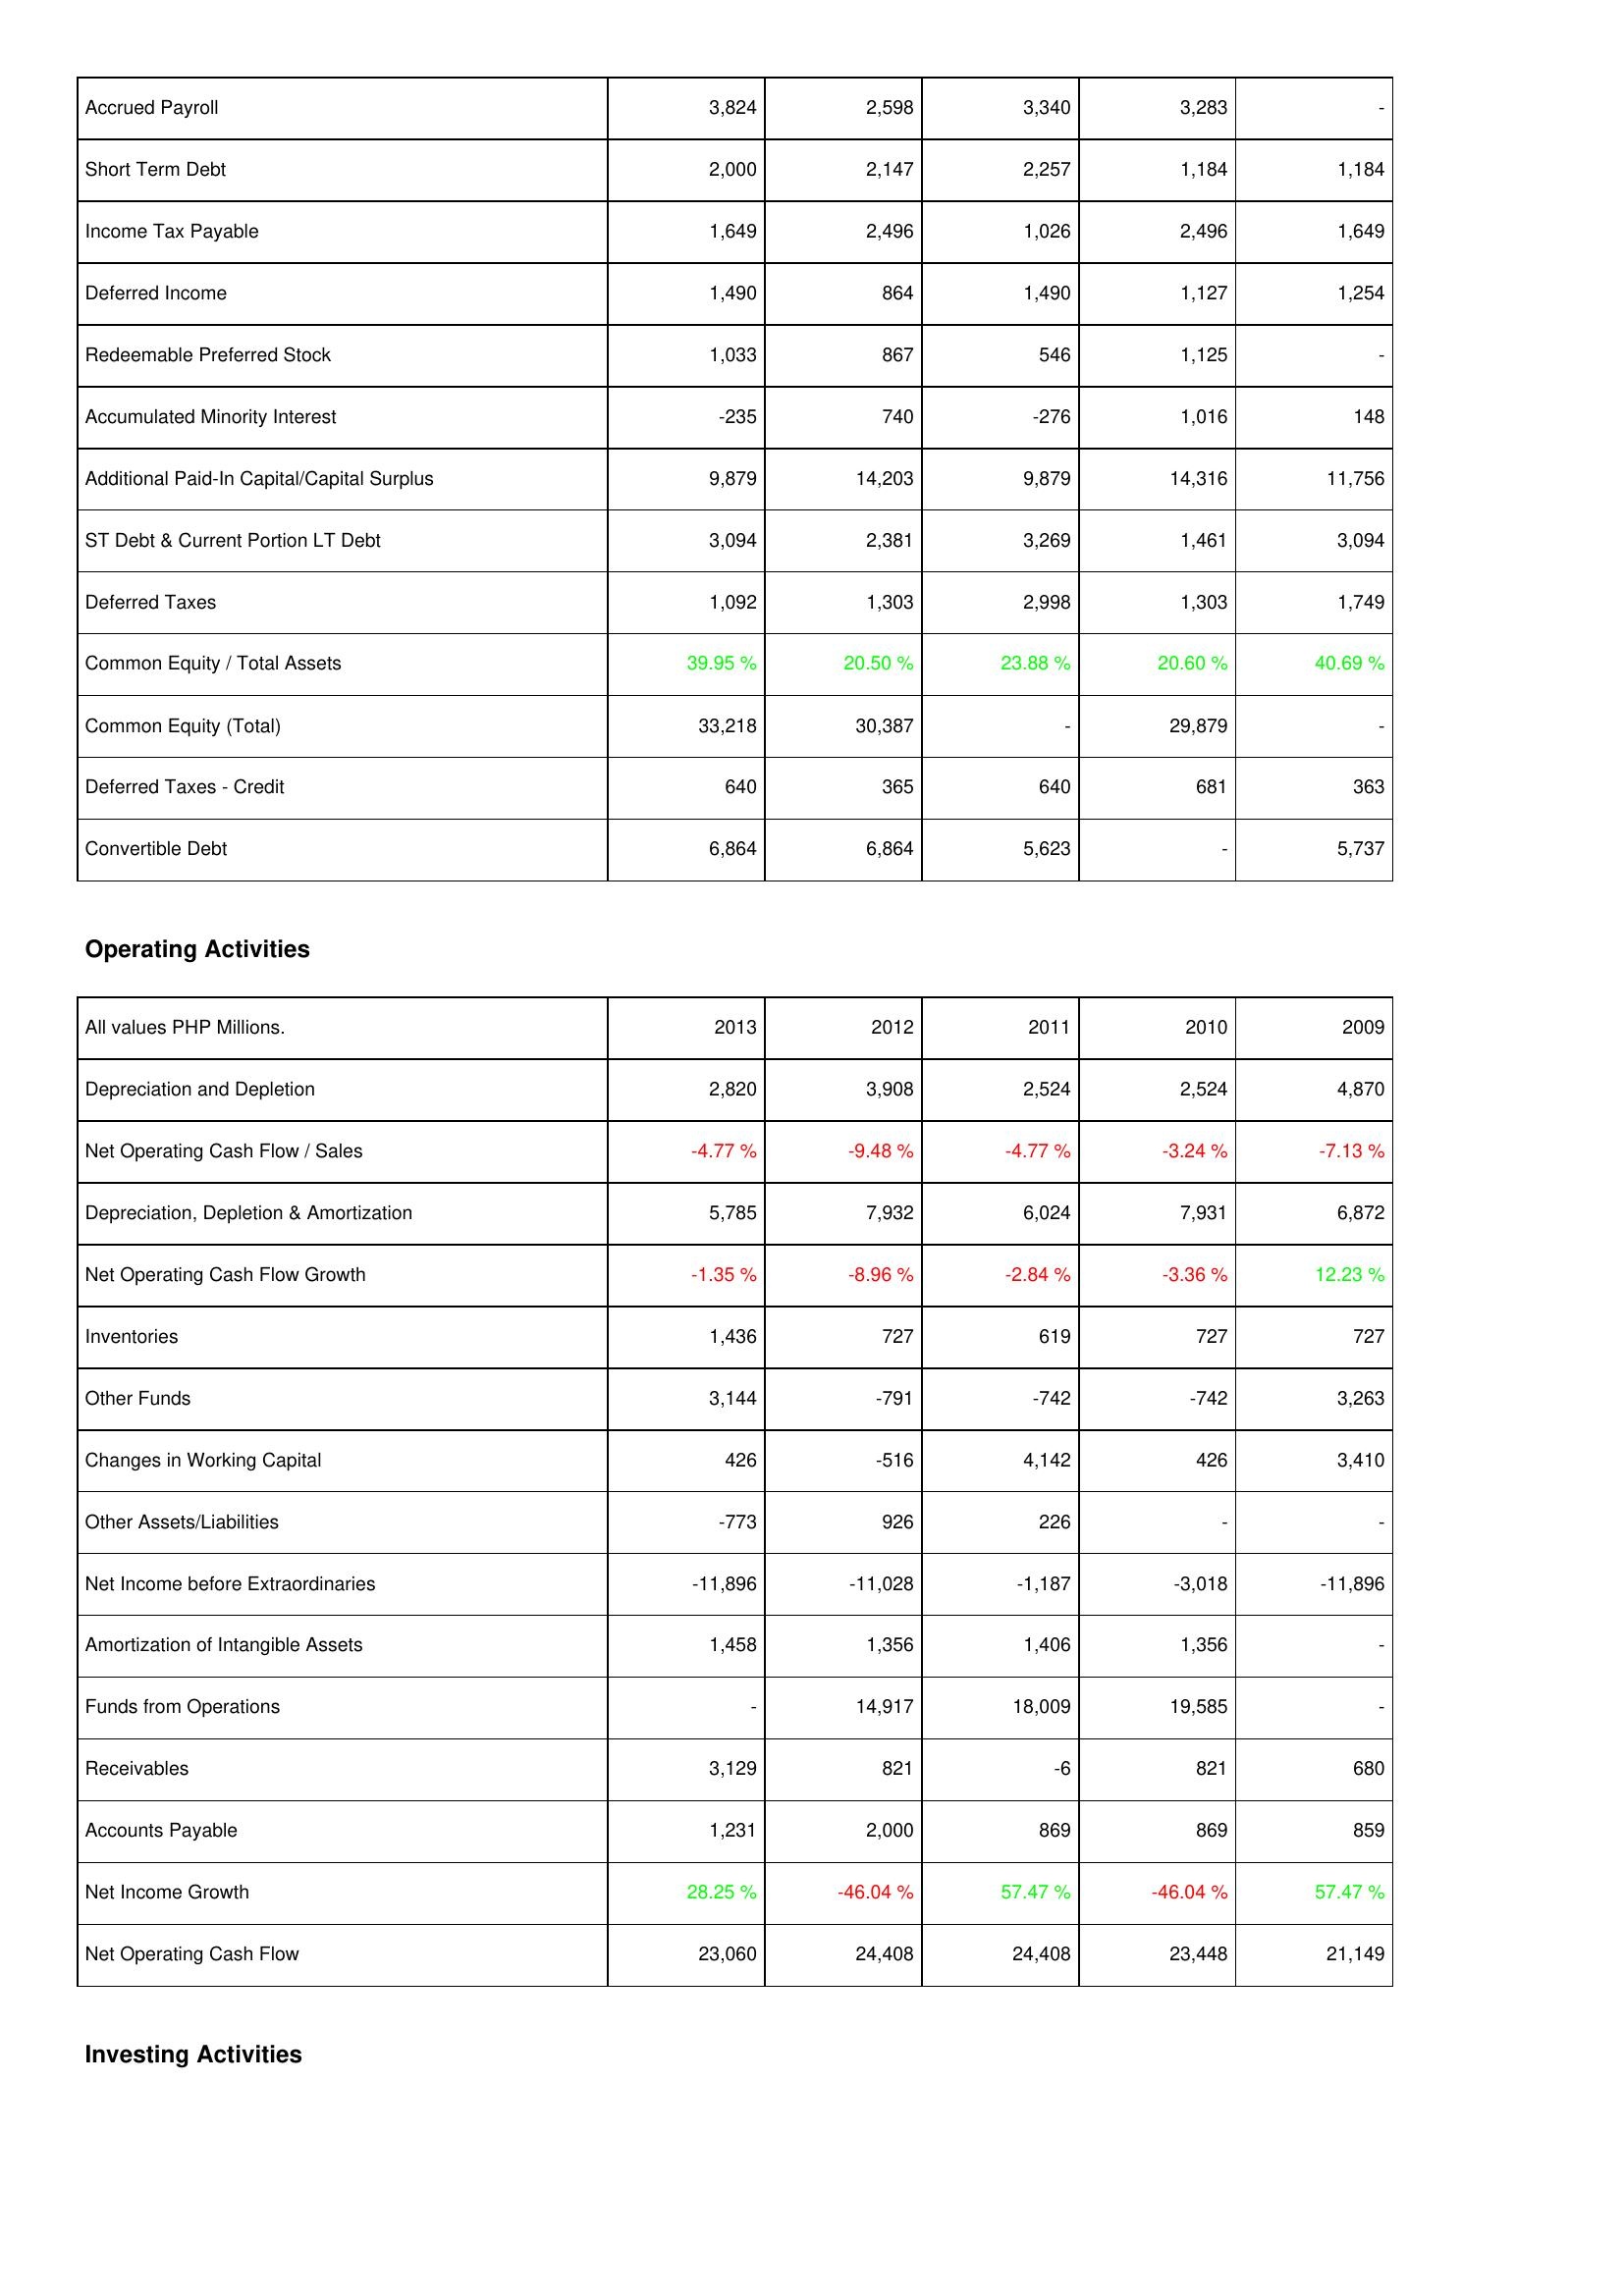
2013: Liabilities & Shareholders' Equity: Accrued Payroll: 3,824
Short Term Debt: 2,000
Income Tax Payable: 1,649
Deferred Income: 1,490
Redeemable Preferred Stock: 1,033
Accumulated Minority Interest: -235
Additional Paid-In Capital/Capital Surplus: 9,879
ST Debt & Current Portion LT Debt: 3,094
Deferred Taxes: 1,092
Common Equity / Total Assets: 39.95 %
Common Equity (Total): 33,218
Deferred Taxes - Credit: 640
Convertible Debt: 6,864
Operating Activities: Depreciation and Depletion: 2,820
Net Operating Cash Flow / Sales: -4.77 %
Depreciation, Depletion & Amortization: 5,785
Net Operating Cash Flow Growth: -1.35 %
Inventories: 1,436
Other Funds: 3,144
Changes in Working Capital: 426
Other Assets/Liabilities: -773
Net Income before Extraordinaries: -11,896
Amortization of Intangible Assets: 1,458
Funds from Operations: -
Receivables: 3,129
Accounts Payable: 1,231
Net Income Growth: 28.25 %
Net Operating Cash Flow: 23,060
2012: Liabilities & Shareholders' Equity: Accrued Payroll: 2,598
Short Term Debt: 2,147
Income Tax Payable: 2,496
Deferred Income: 864
Redeemable Preferred Stock: 867
Accumulated Minority Interest: 740
Additional Paid-In Capital/Capital Surplus: 14,203
ST Debt & Current Portion LT Debt: 2,381
Deferred Taxes: 1,303
Common Equity / Total Assets: 20.50 %
Common Equity (Total): 30,387
Deferred Taxes - Credit: 365
Convertible Debt: 6,864
Operating Activities: Depreciation and Depletion: 3,908
Net Operating Cash Flow / Sales: -9.48 %
Depreciation, Depletion & Amortization: 7,932
Net Operating Cash Flow Growth: -8.96 %
Inventories: 727
Other Funds: -791
Changes in Working Capital: -516
Other Assets/Liabilities: 926
Net Income before Extraordinaries: -11,028
Amortization of Intangible Assets: 1,356
Funds from Operations: 14,917
Receivables: 821
Accounts Payable: 2,000
Net Income Growth: -46.04 %
Net Operating Cash Flow: 24,408
2011: Liabilities & Shareholders' Equity: Accrued Payroll: 3,340
Short Term Debt: 2,257
Income Tax Payable: 1,026
Deferred Income: 1,490
Redeemable Preferred Stock: 546
Accumulated Minority Interest: -276
Additional Paid-In Capital/Capital Surplus: 9,879
ST Debt & Current Portion LT Debt: 3,269
Deferred Taxes: 2,998
Common Equity / Total Assets: 23.88 %
Common Equity (Total): -
Deferred Taxes - Credit: 640
Convertible Debt: 5,623
Operating Activities: Depreciation and Depletion: 2,524
Net Operating Cash Flow / Sales: -4.77 %
Depreciation, Depletion & Amortization: 6,024
Net Operating Cash Flow Growth: -2.84 %
Inventories: 619
Other Funds: -742
Changes in Working Capital: 4,142
Other Assets/Liabilities: 226
Net Income before Extraordinaries: -1,187
Amortization of Intangible Assets: 1,406
Funds from Operations: 18,009
Receivables: -6
Accounts Payable: 869
Net Income Growth: 57.47 %
Net Operating Cash Flow: 24,408
2010: Liabilities & Shareholders' Equity: Accrued Payroll: 3,283
Short Term Debt: 1,184
Income Tax Payable: 2,496
Deferred Income: 1,127
Redeemable Preferred Stock: 1,125
Accumulated Minority Interest: 1,016
Additional Paid-In Capital/Capital Surplus: 14,316
ST Debt & Current Portion LT Debt: 1,461
Deferred Taxes: 1,303
Common Equity / Total Assets: 20.60 %
Common Equity (Total): 29,879
Deferred Taxes - Credit: 681
Convertible Debt: -
Operating Activities: Depreciation and Depletion: 2,524
Net Operating Cash Flow / Sales: -3.24 %
Depreciation, Depletion & Amortization: 7,931
Net Operating Cash Flow Growth: -3.36 %
Inventories: 727
Other Funds: -742
Changes in Working Capital: 426
Other Assets/Liabilities: -
Net Income before Extraordinaries: -3,018
Amortization of Intangible Assets: 1,356
Funds from Operations: 19,585
Receivables: 821
Accounts Payable: 869
Net Income Growth: -46.04 %
Net Operating Cash Flow: 23,448
2009: Liabilities & Shareholders' Equity: Accrued Payroll: -
Short Term Debt: 1,184
Income Tax Payable: 1,649
Deferred Income: 1,254
Redeemable Preferred Stock: -
Accumulated Minority Interest: 148
Additional Paid-In Capital/Capital Surplus: 11,756
ST Debt & Current Portion LT Debt: 3,094
Deferred Taxes: 1,749
Common Equity / Total Assets: 40.69 %
Common Equity (Total): -
Deferred Taxes - Credit: 363
Convertible Debt: 5,737
Operating Activities: Depreciation and Depletion: 4,870
Net Operating Cash Flow / Sales: -7.13 %
Depreciation, Depletion & Amortization: 6,872
Net Operating Cash Flow Growth: 12.23 %
Inventories: 727
Other Funds: 3,263
Changes in Working Capital: 3,410
Other Assets/Liabilities: -
Net Income before Extraordinaries: -11,896
Amortization of Intangible Assets: -
Funds from Operations: -
Receivables: 680
Accounts Payable: 859
Net Income Growth: 57.47 %
Net Operating Cash Flow: 21,149